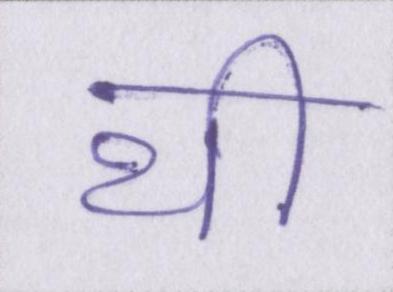
थी